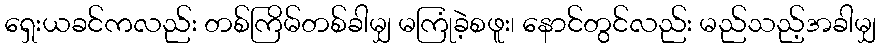
ရှေးယခင်ကလည်း တစ်ကြိမ်တစ်ခါမျှ မကြုံခဲ့စဖူး၊ နောင်တွင်လည်း မည်သည့်အခါမျှ